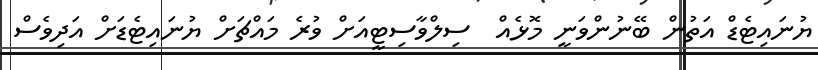
ޔުނައިޓެޑް އަތުން ބޭނުންވަނީ މޮޅެއް  ސިލްވާސިޓީއަށް ވުރެ މައްޗަށް ޔުނައިޓެޑަށް އަދިވެސް